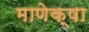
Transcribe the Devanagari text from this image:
माणेक्षा